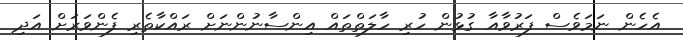
އެހެން ނަމަވެސް ފަރުވާއާ ގުޅުން ހުރި ހާލަތްތައް އިންސާނުންނަށް ރައްކާތެރި ފެންވަރަށް އަދި